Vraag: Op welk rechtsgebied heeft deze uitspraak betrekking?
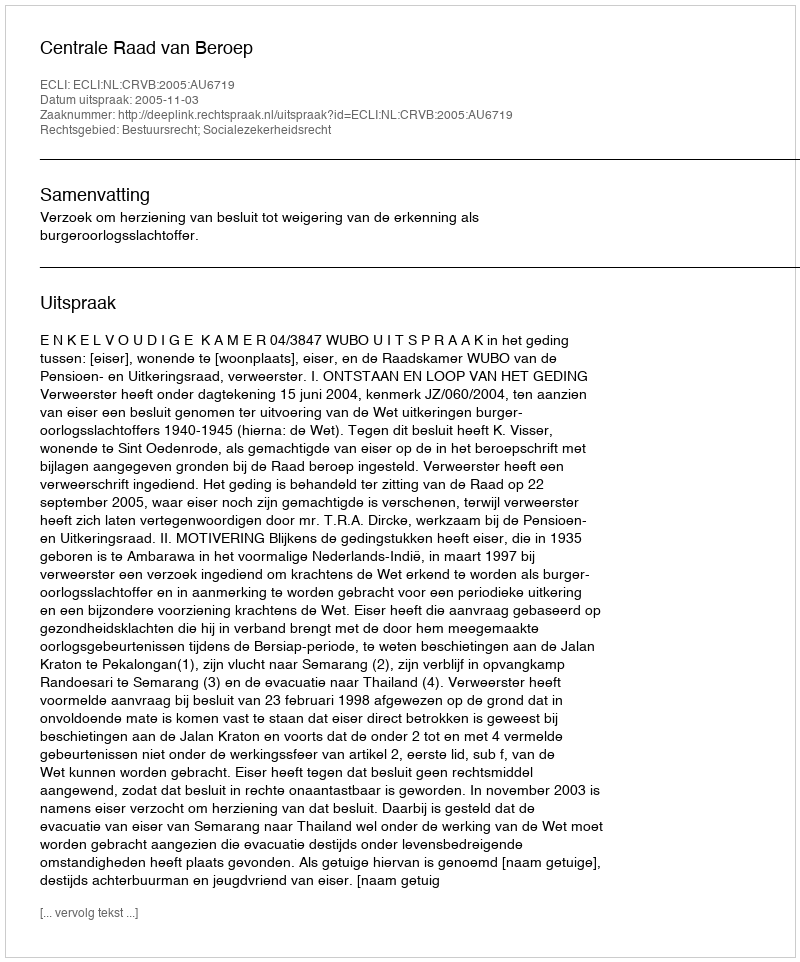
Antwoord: Bestuursrecht; Socialezekerheidsrecht